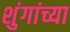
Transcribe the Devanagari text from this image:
शुंगांच्या